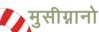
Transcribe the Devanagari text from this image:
मुसीग्नानो